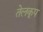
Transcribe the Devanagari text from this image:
तेलकूप